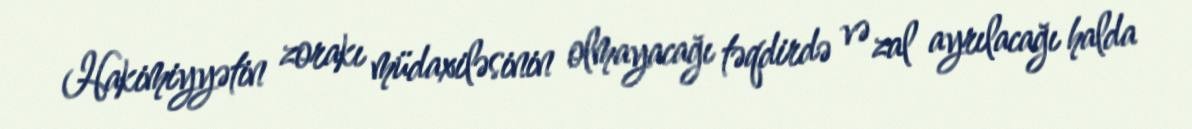
Hakimiyyətin zorakı müdaxiləsinin olmayacağı təqdirdə və zal ayrılacağı halda